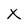
Character: x